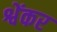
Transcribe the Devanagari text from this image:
श्वेंकर